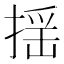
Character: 揺